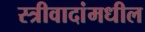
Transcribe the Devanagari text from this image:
स्त्रीवादांमधील